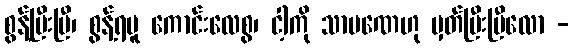
စွန့်ပြီးပြီ၊ စွန့်ရမူ ကောင်းလေစွ၊ ငါ့ကို သာမဏေဟု မှတ်ပြီးပြီလော -